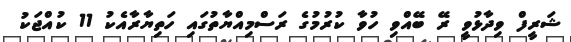
ޝަރީފް ވިދާޅުވީ ރޭ ބޭއްވި ހުވާ ކުރުމުގެ ރަސްމިއްޔާތުގައި ހަތިޔާރާއެކު 11 ކުއްޖަކު